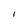
Character: 1